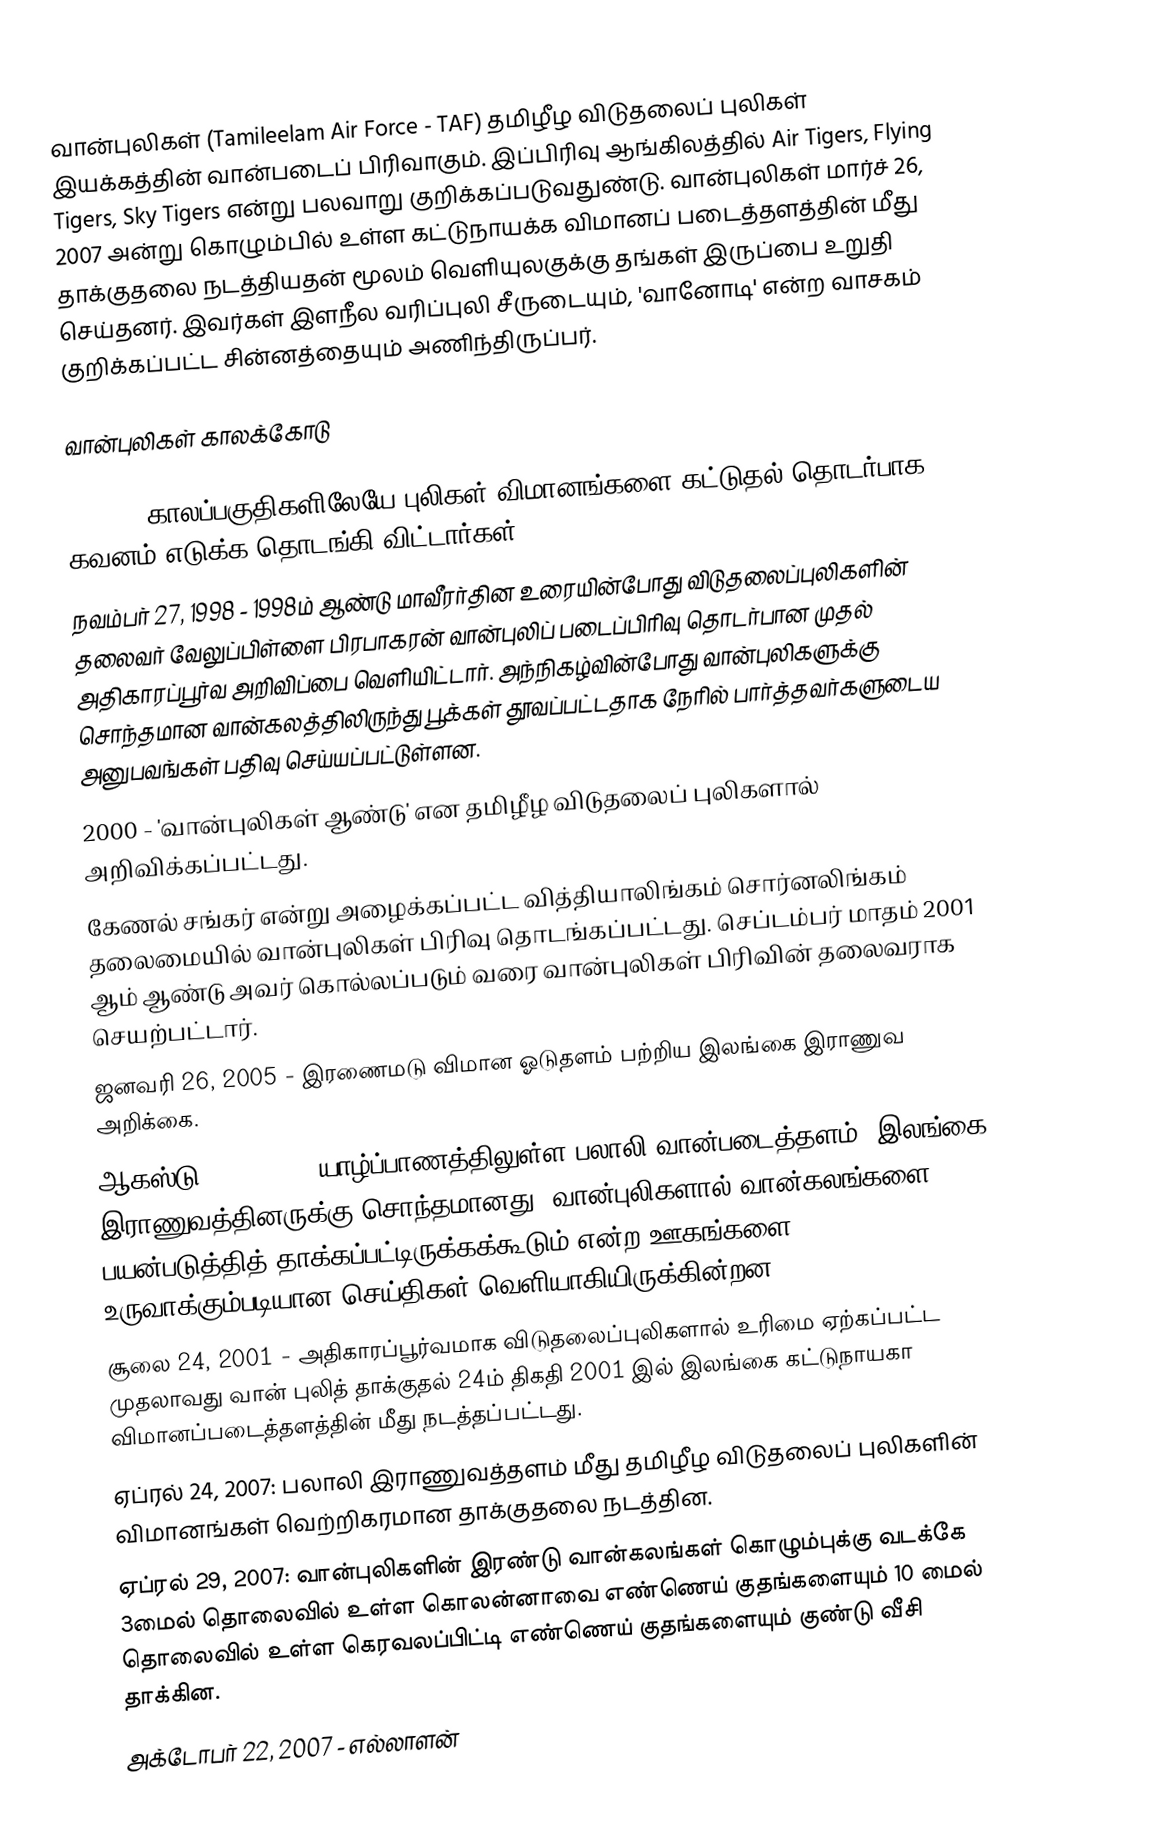
வான்புலிகள் (Tamileelam Air Force - TAF)  தமிழீழ விடுதலைப் புலிகள் இயக்கத்தின் வான்படைப் பிரிவாகும். இப்பிரிவு ஆங்கிலத்தில் Air Tigers, Flying Tigers, Sky Tigers என்று பலவாறு குறிக்கப்படுவதுண்டு.  வான்புலிகள் மார்ச் 26, 2007 அன்று கொழும்பில் உள்ள கட்டுநாயக்க விமானப் படைத்தளத்தின் மீது தாக்குதலை நடத்தியதன் மூலம் வெளியுலகுக்கு தங்கள் இருப்பை உறுதி செய்தனர்.  இவர்கள் இளநீல வரிப்புலி சீருடையும், 'வானோடி' என்ற வாசகம் குறிக்கப்பட்ட சின்னத்தையும் அணிந்திருப்பர்.

வான்புலிகள் காலக்கோடு

 1985-86 காலப்பகுதிகளிலேயே புலிகள் விமானங்களை கட்டுதல் தொடர்பாக கவனம் எடுக்க தொடங்கி விட்டார்கள்
 நவம்பர் 27, 1998 - 1998ம் ஆண்டு மாவீரர்தின உரையின்போது விடுதலைப்புலிகளின் தலைவர் வேலுப்பிள்ளை பிரபாகரன் வான்புலிப் படைப்பிரிவு தொடர்பான முதல் அதிகாரப்பூர்வ அறிவிப்பை வெளியிட்டார். அந்நிகழ்வின்போது வான்புலிகளுக்கு சொந்தமான வான்கலத்திலிருந்து பூக்கள் தூவப்பட்டதாக நேரில் பார்த்தவர்களுடைய அனுபவங்கள் பதிவு செய்யப்பட்டுள்ளன.
 2000 - 'வான்புலிகள் ஆண்டு' என தமிழீழ விடுதலைப் புலிகளால் அறிவிக்கப்பட்டது.
 கேணல் சங்கர் என்று அழைக்கப்பட்ட வித்தியாலிங்கம் சொர்னலிங்கம் தலைமையில் வான்புலிகள் பிரிவு தொடங்கப்பட்டது. செப்டம்பர் மாதம் 2001 ஆம் ஆண்டு அவர் கொல்லப்படும் வரை வான்புலிகள் பிரிவின் தலைவராக செயற்பட்டார்.
 ஜனவரி 26, 2005 - இரணைமடு விமான ஓடுதளம் பற்றிய இலங்கை இராணுவ அறிக்கை.
 ஆகஸ்டு 11, 2006 - யாழ்ப்பாணத்திலுள்ள பலாலி வான்படைத்தளம் (இலங்கை இராணுவத்தினருக்கு சொந்தமானது) வான்புலிகளால் வான்கலங்களை பயன்படுத்தித் தாக்கப்பட்டிருக்கக்கூடும் என்ற ஊகங்களை உருவாக்கும்படியான செய்திகள் வெளியாகியிருக்கின்றன.
 சூலை 24, 2001 - அதிகாரப்பூர்வமாக விடுதலைப்புலிகளால் உரிமை ஏற்கப்பட்ட முதலாவது வான் புலித் தாக்குதல் 24ம் திகதி 2001 இல் இலங்கை கட்டுநாயகா விமானப்படைத்தளத்தின் மீது நடத்தப்பட்டது.
 ஏப்ரல் 24, 2007: பலாலி இராணுவத்தளம் மீது தமிழீழ விடுதலைப் புலிகளின் விமானங்கள் வெற்றிகரமான தாக்குதலை நடத்தின.
 ஏப்ரல் 29, 2007: வான்புலிகளின் இரண்டு வான்கலங்கள் கொழும்புக்கு வடக்கே 3மைல் தொலைவில் உள்ள கொலன்னாவை எண்ணெய் குதங்களையும் 10 மைல் தொலைவில் உள்ள கெரவலப்பிட்டி எண்ணெய் குதங்களையும் குண்டு வீசி தாக்கின.
 அக்டோபர் 22, 2007 - எல்லாளன்